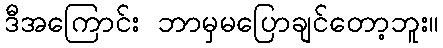
ဒီအကြောင်း ဘာမှမပြောချင်တော့ဘူး။